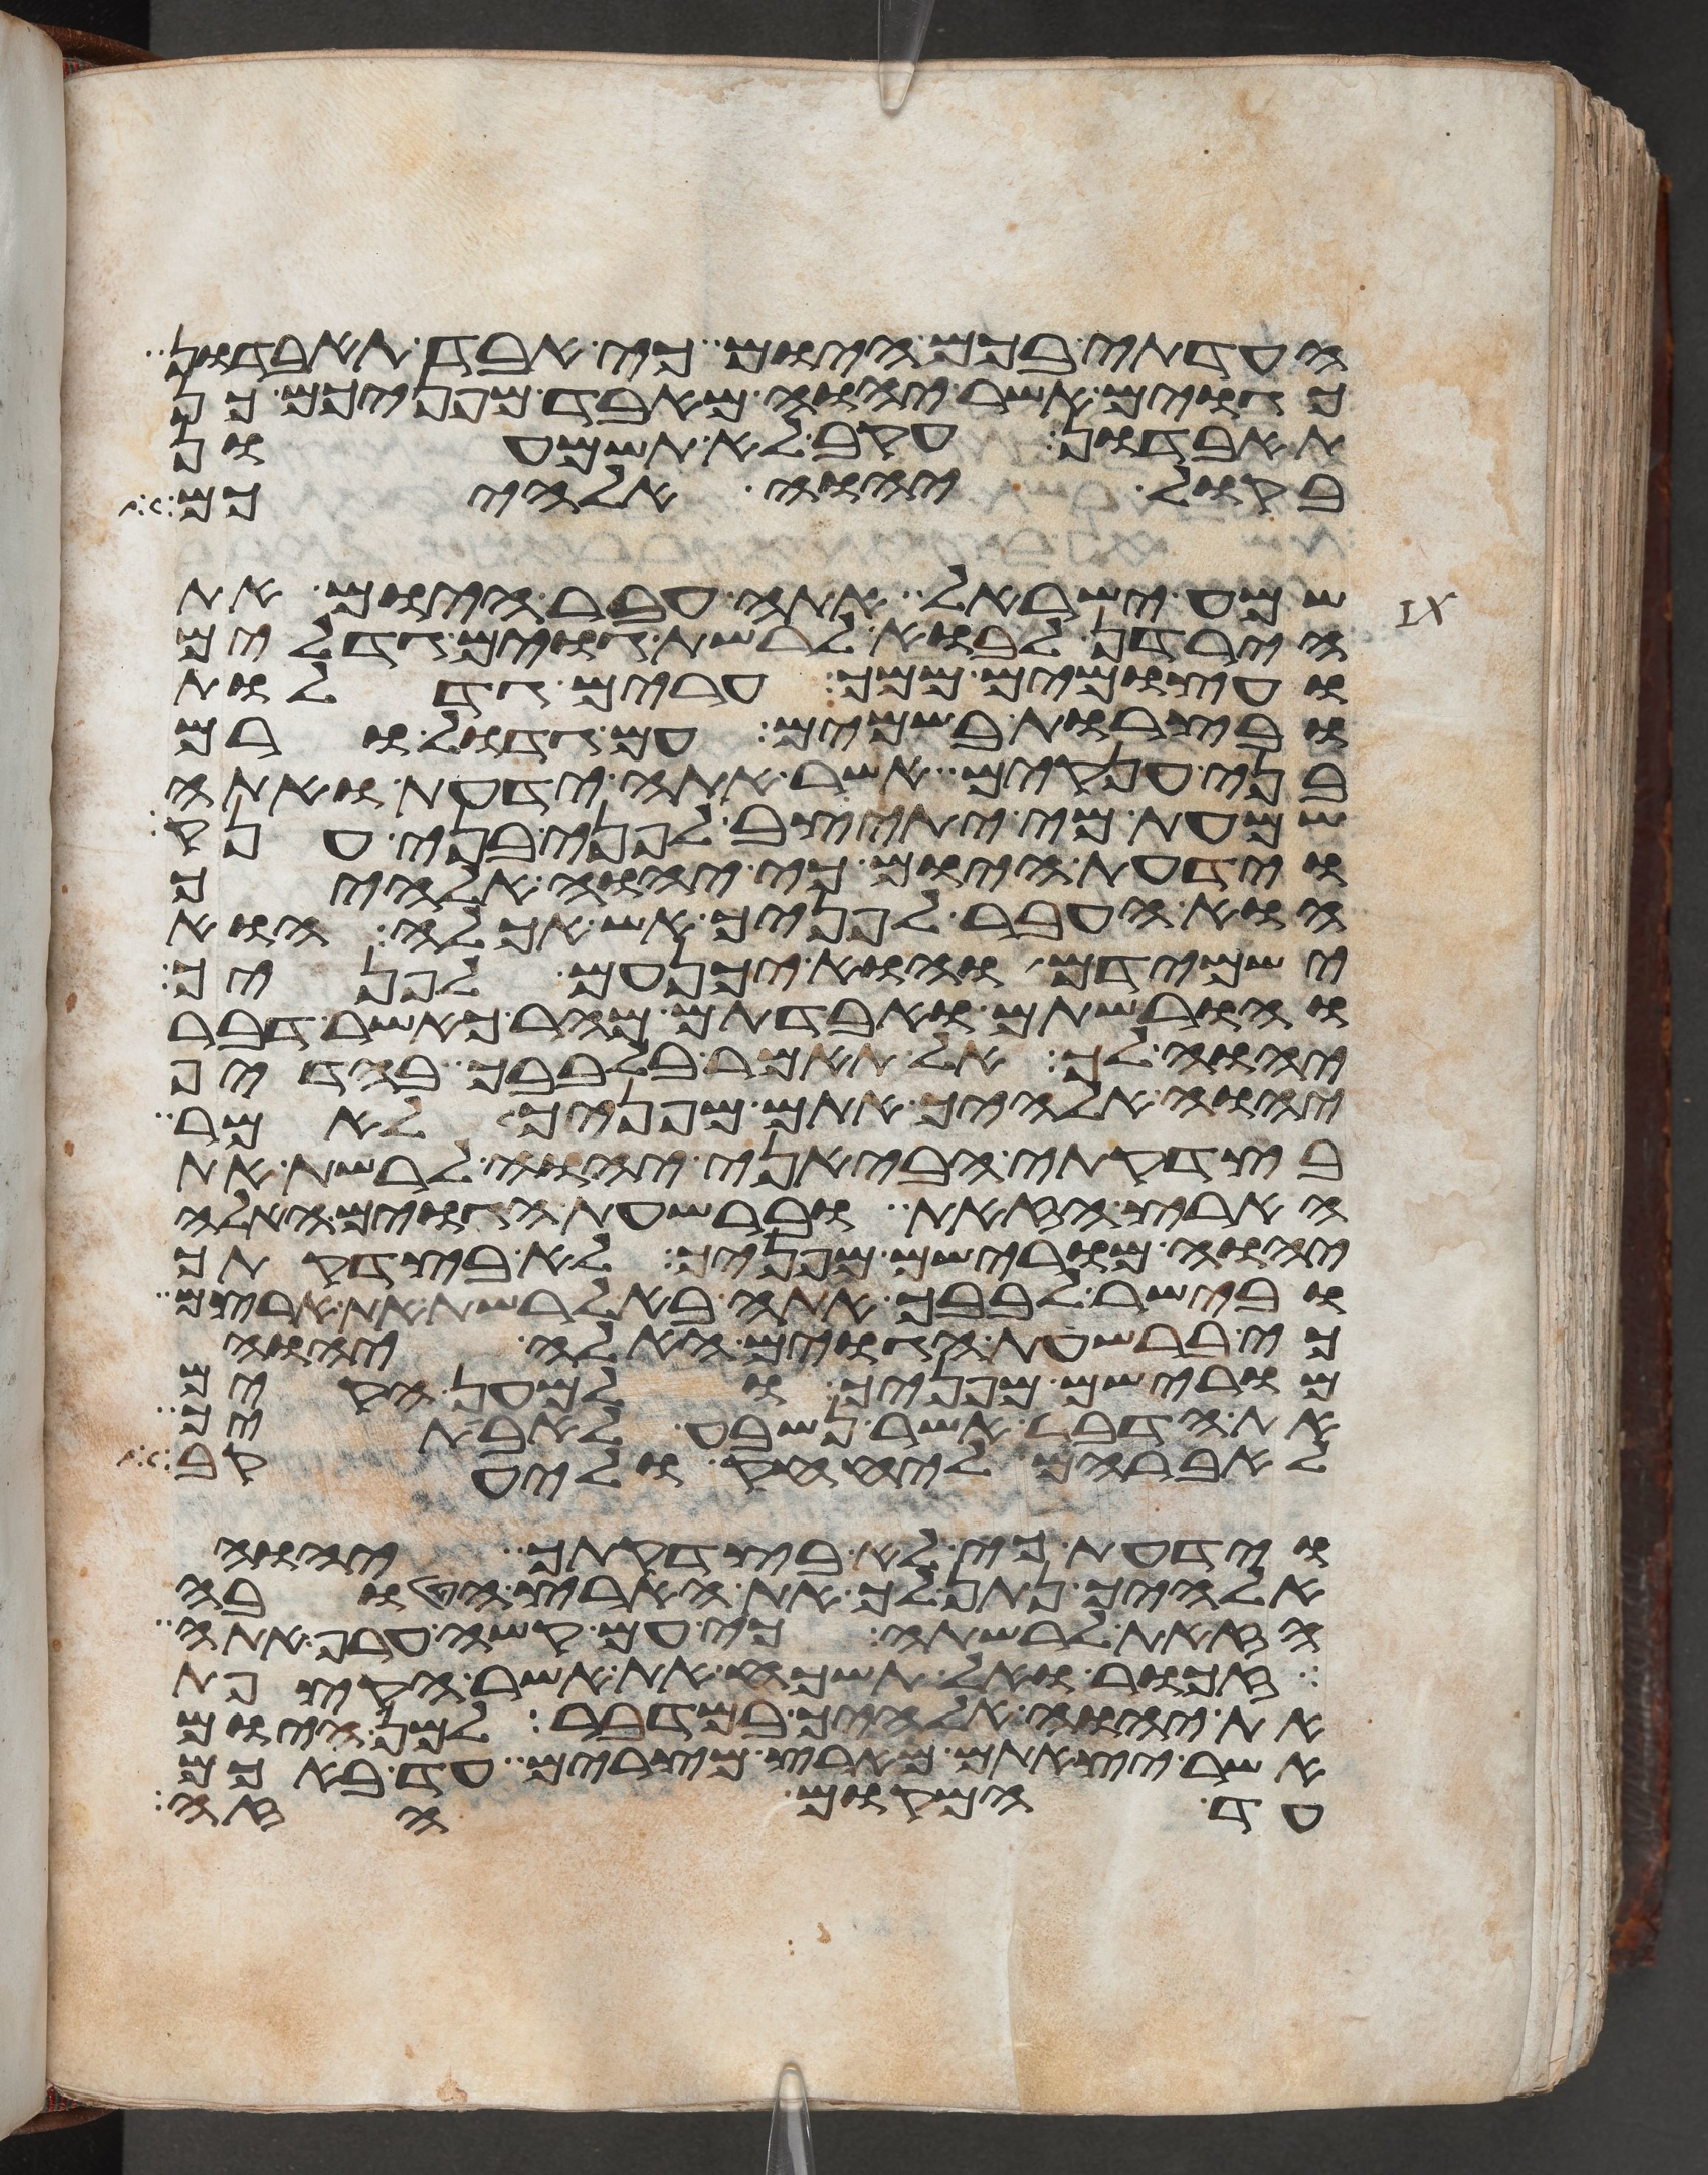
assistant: העדתי בכם היום כי אבד תאבדון
כגוים אשר יהוה מאבד מפניכם כן
תאבדון עקב לא תשמעון
בקול יהוה אלהיכם
שמע ישראל אתה עבר היום את
הירדן לבוא לרשת גוים גדלים
ועצמים ממך ערים גדלות
ובצרות בשמים עם גדול ורם
בני ענקים אשר אתה ידעת ואתה
שמעת מי יתיצב לפני בני ענק
וידעת היום כי יהוה אלהיך
הוא העבר לפניך אש אכלה הוא
ישמידם והוא יכנעם לפניך
והורשתם ואבדתם מהר כאשר דבר
יהוה לך אל תאמר בלבבך בהדיף
יהוה אלהיך אתם מפניך לאמר
בצדקתי הביאני יהוה לרשת את
הארץ הזאת וברשעת הגוים האלה
יהוה מורישם מפניך לא בצדקתך
ובישר לבבך אתה בא לרשת את ארצם
כי ברשעת הגוים האלה יהוה
מורישם מפניך ולמען הקים
את הדבר אשר נשבע לאבתיך
לאברהם ליצחק וליעקב
וידעת כי לא בצדקתך יהוה
אלהיך נתן לך את הארץ הטובה
הזאת לרשתה כי עם קשה ערף אתה
זכור ואל תשכח את אשר הקצפת
את יהוה אלהיך במדבר למן היום
אשר יצאתם מארץ מצרים עד באכם
עד המקום הזה